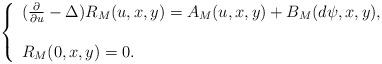
LaTeX: \begin{align*}\left\{ \begin{array}{l} (\frac{\partial}{\partial u} - \Delta)R_M(u, x, y) = A_M(u, x, y) + B_M(d \psi, x, y), \\ \\R_M(0, x, y) = 0. \end{array} \right. \end{align*}